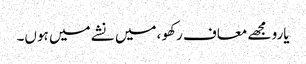
یارو مجھے معاف رکھو ،میں نشے میں ہوں۔